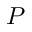
P